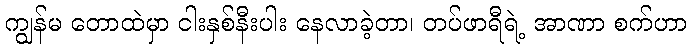
ကျွန်မ တောထဲမှာ ငါးနှစ်နီးပါး နေလာခဲ့တာ၊ တပ်ဖာရီရဲ့ အာဏာ စက်ဟာ